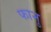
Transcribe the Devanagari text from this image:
फानु